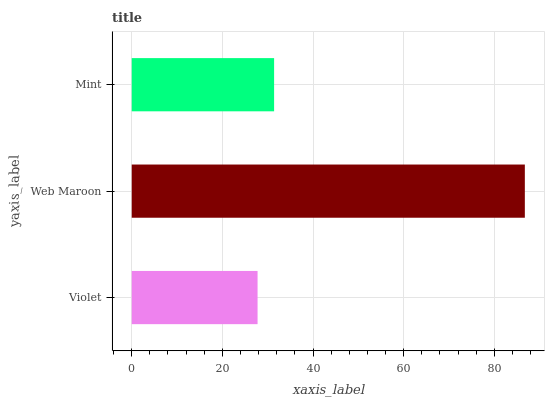
| yaxis_label | bars |
 | --- | --- |
 | Violet | 27.8 |
 | Web Maroon | 86.7 |
 | Mint | 31.4 |